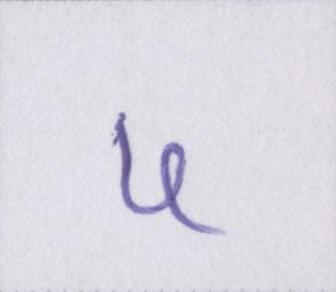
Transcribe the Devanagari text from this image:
५